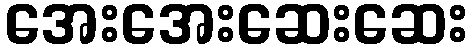
အေးအေးဆေးဆေး